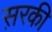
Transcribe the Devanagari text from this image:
स़रकी